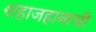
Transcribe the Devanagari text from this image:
शहाजहानाची